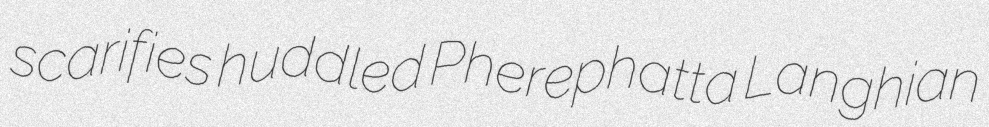
scarifies huddled Pherephatta Langhian